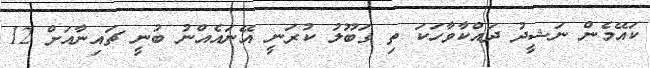
ކައޭމެން ނަޝީދު ދައްކާވާހަކަ ތި ގަބޫލު ކުރަނީ އޭނައެއްނު ބުނީ ޗައިނާއަށް 12